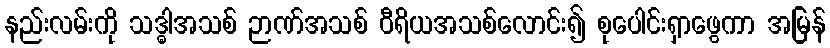
နည်းလမ်းကို သဒ္ဓါအသစ် ဉာဏ်အသစ် ဝီရိယအသစ်လောင်း၍ စုပေါင်းရှာဖွေကာ အမြန်